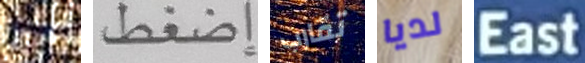
نشاء إضغط تقارب لديا East